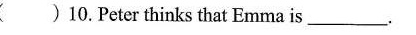
( ) 10. Peter thinks that Emma is.